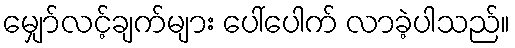
မျှော်လင့်ချက်များ ပေါ်ပေါက် လာခဲ့ပါသည်။